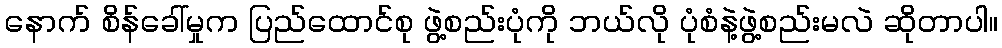
နောက် စိန်ခေါ်မှုက ပြည်ထောင်စု ဖွဲ့စည်းပုံကို ဘယ်လို ပုံစံနဲ့ဖွဲ့စည်းမလဲ ဆိုတာပါ။